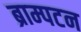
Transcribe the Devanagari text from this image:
ब्राम्पटन